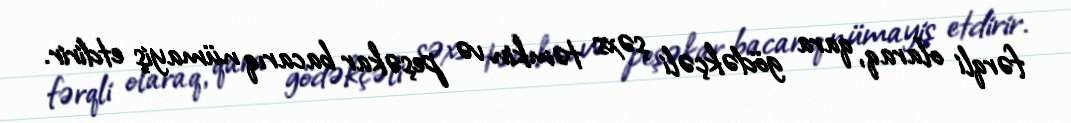
fərqli olaraq, qara gödəkçəli şəxs təmkin və peşəkar bacarıq nümayiş etdirir.